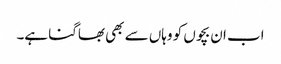
اب ان بچوں کو وہاں سے بھی بھاگنا ہے۔